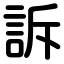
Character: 訴